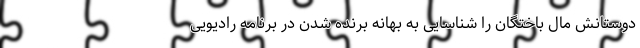
دوستانش مال باختگان را شناسایی به بهانه برنده شدن در برنامه رادیویی